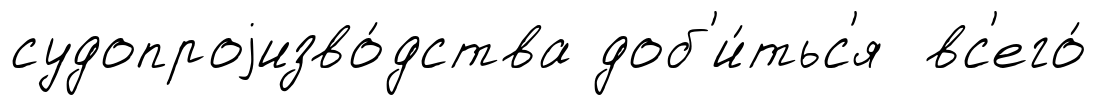
судопроjизво́дства доб'и́тьс'я вс'его́